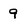
Character: 9